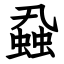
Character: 蝨